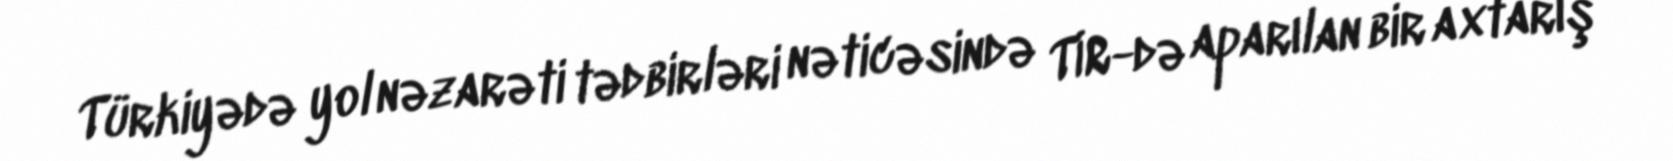
Türkiyədə yol nəzarəti tədbirləri nəticəsində TİR-də aparılan bir axtarış